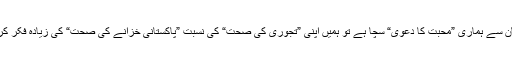
اگر پاکستان سے ہماری ”محبت کا دعویٰ“ سچا ہے تو ہمیں اپنی ”تجوری کی صحت“ کی نسبت ”پاکستانی خزانے کی صحت“ کی زیادہ فکر کرنا ہو گی!